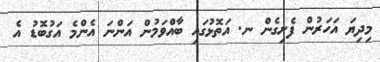
މިދިޔަ އަހަރުން ފެށިގެން ނ. އަތޮޅުގައި ބާއްވަމުން އަންނަ އެންމެ އަގުބޮޑު އެ